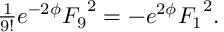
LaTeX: { \textstyle \frac { 1 } { 9 ! } } e ^ { - 2 \phi } { F _ { 9 } } ^ { 2 } = - { e } ^ { 2 \phi } { F _ { 1 } } ^ { 2 } .